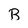
Character: B